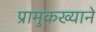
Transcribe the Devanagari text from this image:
प्रामुकख्याने